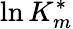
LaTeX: \ln K_{m}^{*}